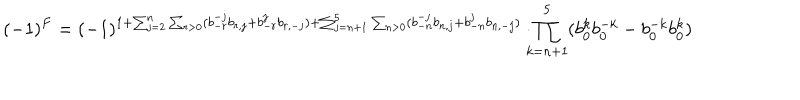
( - 1 ) ^ { F } = ( - 1 ) ^ { 1 + \sum _ { j = 2 } ^ { n } \sum _ { r > 0 } ( b _ { - r } ^ { - j } b _ { r , j } + b _ { - r } ^ { j } b _ { r , - j } ) + \sum _ { j = n + 1 } ^ { 5 } \sum _ { n > 0 } ( b _ { - n } ^ { - j } b _ { n , j } + b _ { - n } ^ { j } b _ { n , - j } ) } \cdot \! \! \! \prod _ { k = n + 1 } ^ { 5 } ( b _ { 0 } ^ { k } b _ { 0 } ^ { - k } - b _ { 0 } ^ { - k } b _ { 0 } ^ { k } )